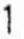
1